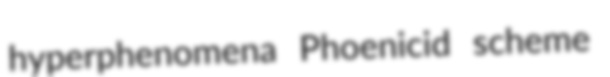
hyperphenomena Phoenicid scheme